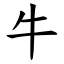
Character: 牛